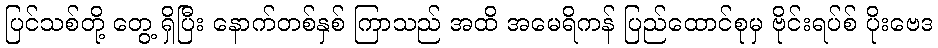
ပြင်သစ်တို့ တွေ့ ရှိပြီး နောက်တစ်နှစ် ကြာသည် အထိ အမေရိကန် ပြည်ထောင်စုမှ ဗိုင်းရပ်စ် ပိုးဗေဒ